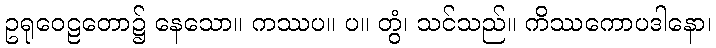
ဥရုဝေဠတော၌ နေသော။ ကဿပ။ ပ။ တွံ၊ သင်သည်။ ကိဿကောပဒါနော၊